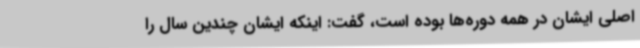
اصلی ایشان در همه دوره‌ها بوده است، گفت: اینکه ایشان چندین سال را